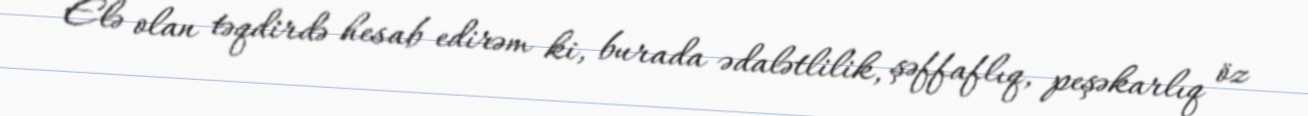
Elə olan təqdirdə hesab edirəm ki, burada ədalətlilik, şəffaflıq, peşəkarlıq öz